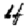
Digit: 4